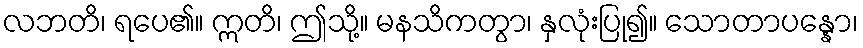
လဘတိ၊ ရပေ၏။ ဣတိ၊ ဤသို့။ မနသိကတွာ၊ နှလုံးပြု၍။ သောတာပန္နော၊